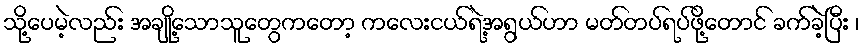
သို့ပေမဲ့လည်း အချို့သောသူတွေကတော့ ကလေးငယ်ရဲ့အရွယ်ဟာ မတ်တပ်ရပ်ဖို့တောင် ခက်ခဲ့ပြီး ၊